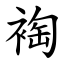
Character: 裪